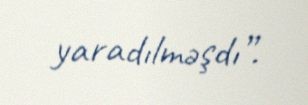
yaradılməşdı”.